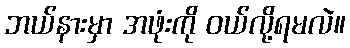
ဘယ်နားမှာ အဖုံးကို ဝယ်လို့ရမလဲ။